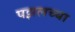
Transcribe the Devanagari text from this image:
पझलच्या